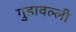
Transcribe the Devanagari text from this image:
गुडावल्ली